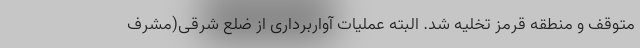
متوقف و منطقه قرمز تخلیه شد. البته عملیات آواربرداری از ضلع شرقی(مشرف